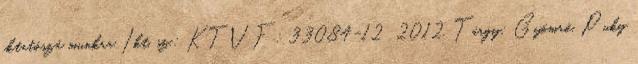
iktatószá munkra Ikt. sz.: KTVF: 33084-12 2012. Tárgy: Gyömrő, Puky